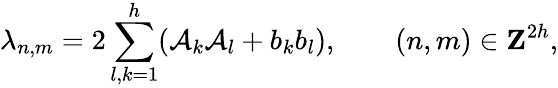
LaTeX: \lambda_{n,m}=2\sum_{l,k=1}^{h}(\mathcal{A}_{k}\mathcal{A}_{l}+b_{k}b_{l}),\qquad(n,m)\in{\mathbf{Z}}^{2h},